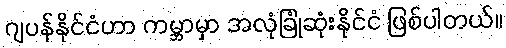
ဂျပန်နိုင်ငံဟာ ကမ္ဘာမှာ အလုံခြုံဆုံးနိုင်ငံ ဖြစ်ပါတယ်။